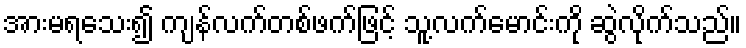
အားမရသေး၍ ကျန်လက်တစ်ဖက်ဖြင့် သူ့လက်မောင်းကို ဆွဲလိုက်သည်။